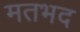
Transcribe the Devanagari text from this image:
मतभद